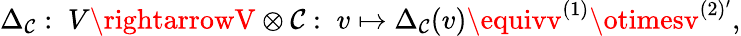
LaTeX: \Delta_{\mathcal{C}}:\; V\rightarrowV\otimes\mathcal{C}:\; v\mapsto\Delta_{\mathcal{C}}(v)\equivv^{(1)}\otimesv^{(2)^{\prime}},